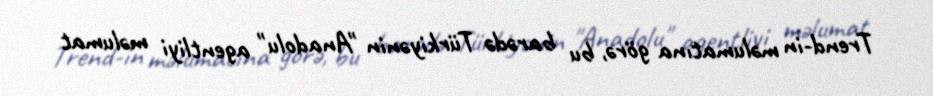
Trend-in məlumatına görə, bu barədə Türkiyənin "Anadolu" agentliyi məlumat